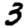
Digit: 3